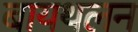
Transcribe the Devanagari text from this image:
बायथलन